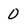
Character: 0